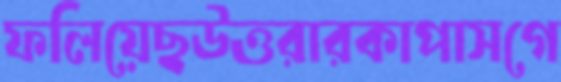
ফলিয়েছউত্তরারকাপাসগে